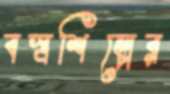
বস্ত্রশিল্পের